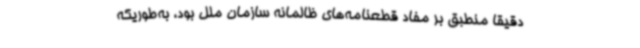
دقیقا منطبق بر مفاد قطعنامه‌های ظالمانه سازمان ملل بود، به‌طوریکه